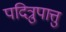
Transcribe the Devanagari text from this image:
पदित्रुपात्तु